Civil Veterinary Department. United Provinces 1932-42 - 1932-1942
Year: 1932
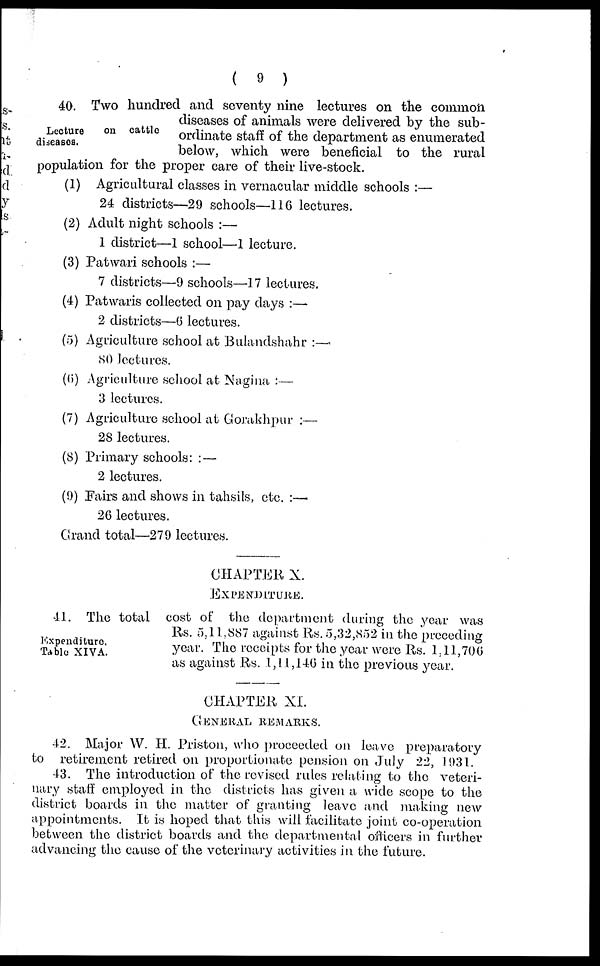
(9)
Lecture
on cattle
diseases.
40. Two hundred and seventy nine lectures on the common
diseases of animals were delivered by the sub-
ordinate staff of the department as enumerated
below, which were beneficial to the rural
population for the proper care of their live-stock.
(1) Agricultural classes in vernacular middle schools :—
24 districts—29 schools—116 lectures.
(2) Adult night schools :—
1 district—1 school—1 lecture.
(3) Patwari schools :—
7 districts—9 schools—17 lectures.
(4) Patwaris collected on pay days :—-
2 districts—6 lectures.
(5) Agriculture school at Bulandshahr :—
80 lectures.
(6) Agriculture school at Nagina :—
3 lectures.
(7) Agriculture school at Gorakhpur :—
28 lectures.
(8) Primary schools: :—
2 lectures.
(9) Fairs and shows in tahsils, etc. :—
26 lectures.
Grand total—279 lectures.
CHAPTER X.
EXPENDITURE.
Expenditure,
Table XIVA.
41. The total cost of the department during the year was
Rs. 5,11.887 against Rs. 5,32,852 in the preceding
year. The receipts for the year were Rs. 1,11,706
as against Rs. 1,11,146 in the previous year.
CHAPTER XI.
GENERAL REMARKS.
42. Major W. H. Priston, who proceeded on leave preparatory
to retirement retired on proportionate pension on July 22, 1931.
43. The introduction of the revised rules relating to the veteri-
nary staff employed in the districts has given a wide scope to the
district boards in the matter of granting leave and making new
appointments. It is hoped that this will facilitate joint co-operation
between the district boards and the departmental officers in further
advancing the cause of the veterinary activities in the future.